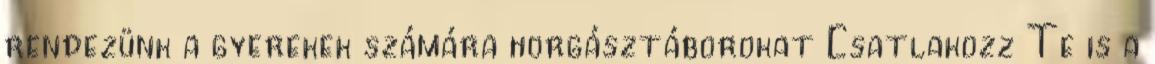
rendezünk a gyerekek számára horgásztáborokat Csatlakozz Te is a